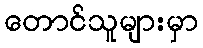
တောင်သူများမှာ